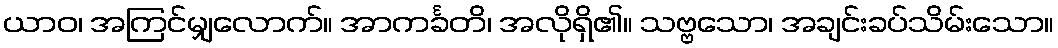
ယာဝ၊ အကြင်မျှလောက်။ အာကင်္ခတိ၊ အလိုရှိ၏။ သဗ္ဗသော၊ အချင်းခပ်သိမ်းသော။